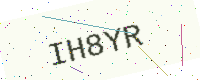
Text: IH8YR